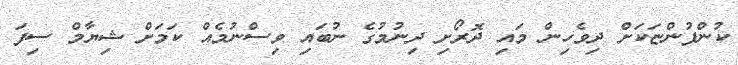
ކުންފުންޏަކަށް ދިވެހިން މައި ދޮރޯށި ދިނުމުގެ ނުބައި ވިސްނުމެއް ކަމަށް ޝިޔާމް ސިފަ